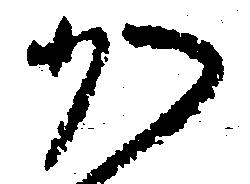
か